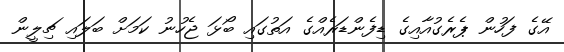
އޭގެ ފަހުން ޕެރެގުއާއިގެ ޑިފެންޑަރެއްގެ އަތުގައި ބޯޅަ ޖެހުނު ކަމަށް ބަލައި ޗިލީން